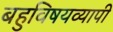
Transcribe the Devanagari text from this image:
बहुविषयव्यापी